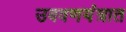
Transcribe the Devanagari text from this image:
उबवणयंत्रात